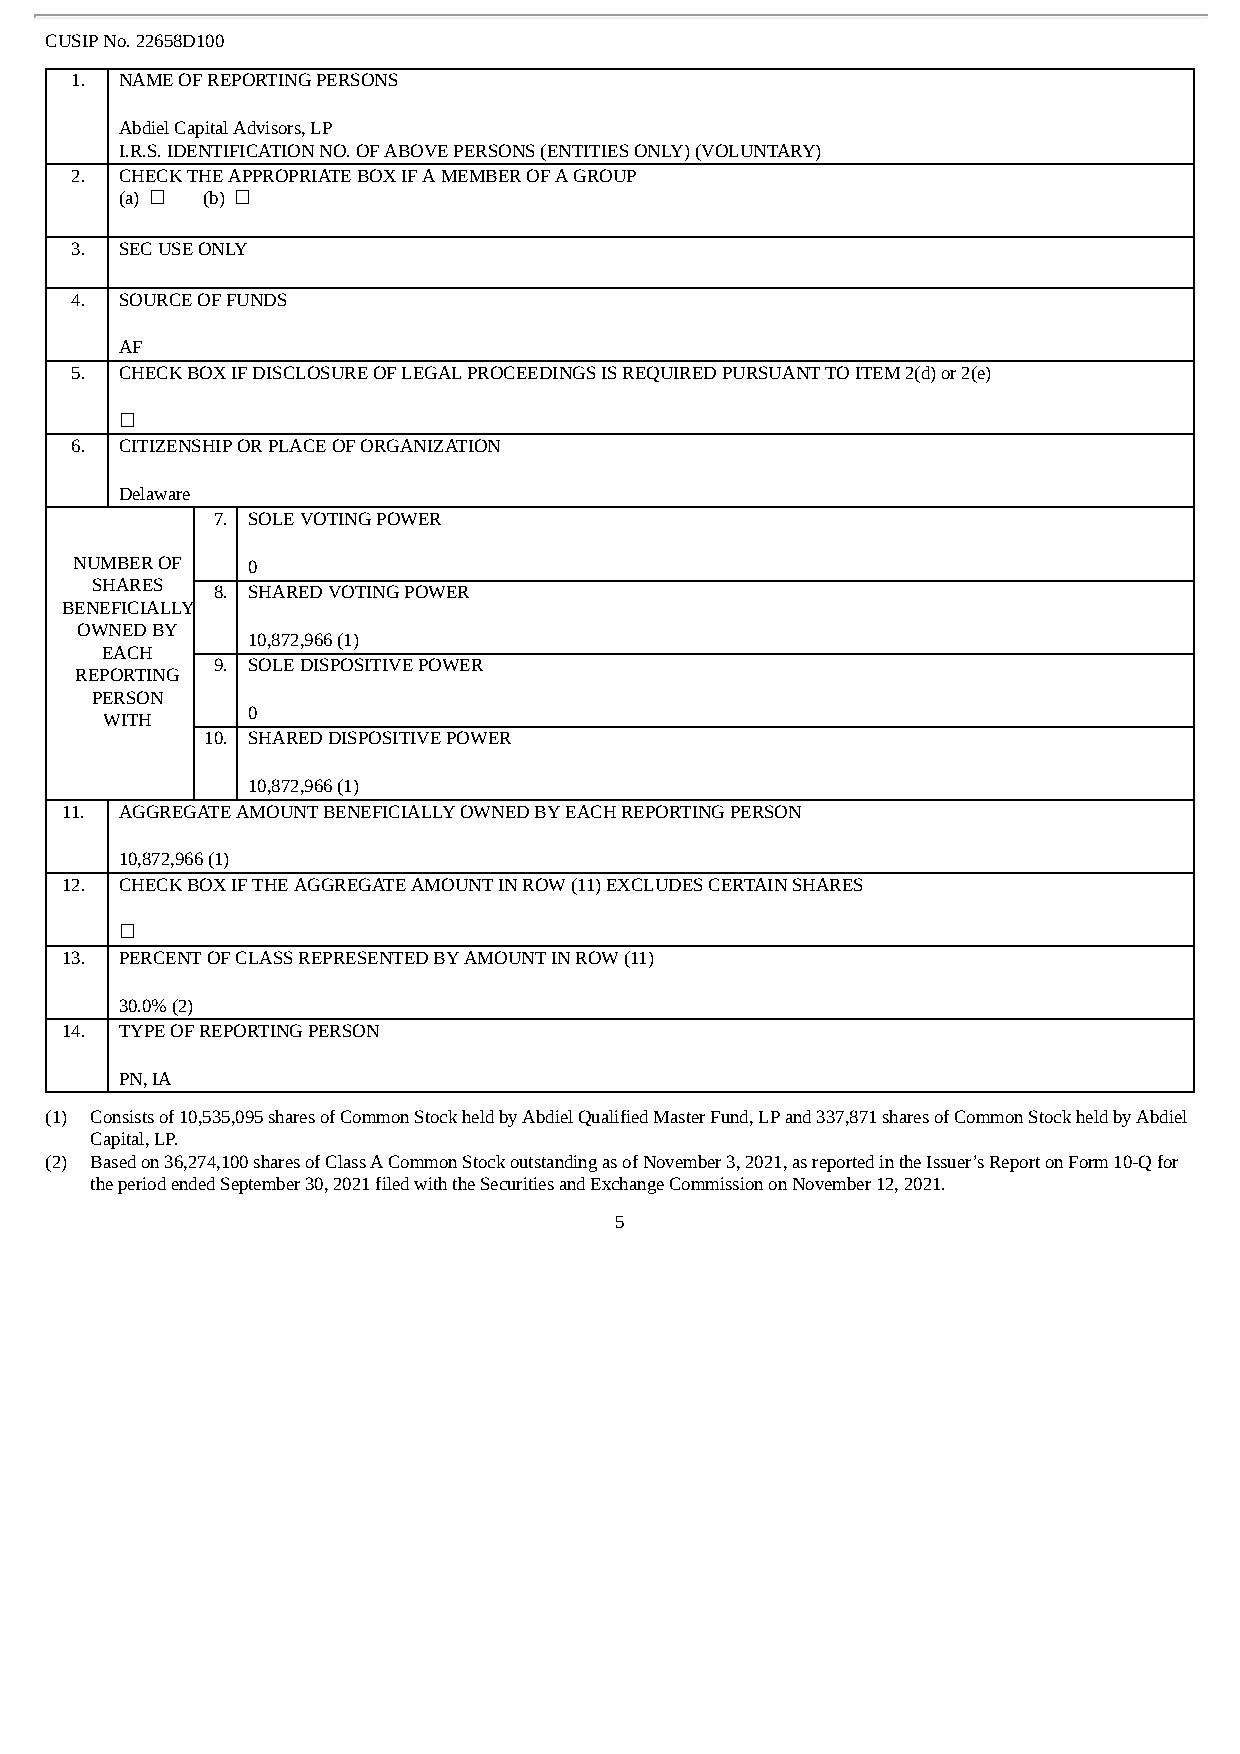
CUSIP No. 22658D100
 1. NAME OF REPORTING PERSONS
 Abdiel Capital Advisors, LP
 I.R.S. IDENTIFICATION NO. OF ABOVE PERSONS (ENTITIES ONLY) (VOLUNTARY)
 2. CHECK THE APPROPRIATE BOX IF A MEMBER OF A GROUP
 (a) ☐ (b) ☐
 3. SEC USE ONLY
 4. SOURCE OF FUNDS
 AF
 5. CHECK BOX IF DISCLOSURE OF LEGAL PROCEEDINGS IS REQUIRED PURSUANT TO ITEM 2(d) or 2(e)
 ☐
 6. CITIZENSHIP OR PLACE OF ORGANIZATION
 Delaware
 7. SOLE VOTING POWER
 NUMBER OF  0
 SHARES
 8. SHARED VOTING POWER
 BENEFICIALLY
 OWNED BY
 10,872,966 (1)
 EACH
 9. SOLE DISPOSITIVE POWER
 REPORTING
 PERSON
 WITH
 0
 10. SHARED DISPOSITIVE POWER
 10,872,966 (1)
 11. AGGREGATE AMOUNT BENEFICIALLY OWNED BY EACH REPORTING PERSON
 10,872,966 (1)
 12. CHECK BOX IF THE AGGREGATE AMOUNT IN ROW (11) EXCLUDES CERTAIN SHARES
 ☐
 13. PERCENT OF CLASS REPRESENTED BY AMOUNT IN ROW (11)
 30.0% (2)
 14. TYPE OF REPORTING PERSON
 PN, IA
 (1) Consists of 10,535,095 shares of Common Stock held by Abdiel Qualified Master Fund, LP and 337,871 shares of Common Stock held by Abdiel
 Capital, LP.
 (2) Based on 36,274,100 shares of Class A Common Stock outstanding as of November 3, 2021, as reported in the Issuer’s Report on Form 10-Q for
 the period ended September 30, 2021 filed with the Securities and Exchange Commission on November 12, 2021.
 5